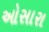
ઓસારા